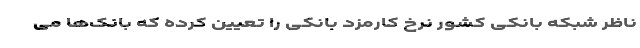
ناظر شبکه بانکی کشور نرخ کارمزد بانکی را تعیین کرده که بانک‌ها می